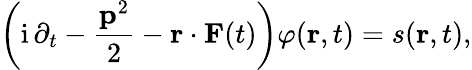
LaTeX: \left(\mathrm{i}\, \partial_{t}-\frac{\mathbf{p}^{2}}{2}-\mathbf{r}\cdot\mathbf{F}(t)\right)\varphi(\mathbf{r},t)=s(\mathbf{r},t),